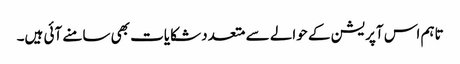
تاہم اس آپریشن کے حوالے سے متعدد شکایات بھی سامنے آئی ہیں۔